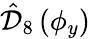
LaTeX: \hat{\mathcal D}_{8}\left(\phi_{y}\right)